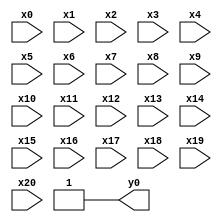
module top( x0 , x1 , x2 , x3 , x4 , x5 , x6 , x7 , x8 , x9 , x10 , x11 , x12 , x13 , x14 , x15 , x16 , x17 , x18 , x19 , x20 , y0 );
  input x0 , x1 , x2 , x3 , x4 , x5 , x6 , x7 , x8 , x9 , x10 , x11 , x12 , x13 , x14 , x15 , x16 , x17 , x18 , x19 , x20 ;
  output y0 ;
  assign y0 = ~1'b0 ;
endmodule